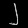
Digit: ၂